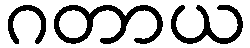
ဂတာယ